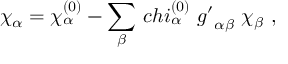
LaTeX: \chi _ { \alpha } = \chi _ { \alpha } ^ { ( 0 ) } - \sum _ { \beta } \, c h i _ { \alpha } ^ { ( 0 ) } \ { g ^ { \prime } } _ { \alpha \beta } \ \chi _ { \beta } \ ,